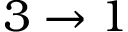
3 \to 1